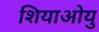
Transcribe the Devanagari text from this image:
शियाओयु